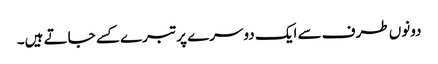
دونوں طرف سے ایک دوسرے پر تبرے کسے جاتے ہیں۔